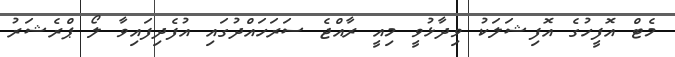
މެޓް އޮފީހުގެ އޮފިޝަލަކު ވިދާޅުވީ މިއީ ރާއްޖެ ސަރަހައްދުގައި އުފެދިފައިވާ ލޯ ޕްރެޝަރު